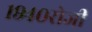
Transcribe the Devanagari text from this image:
१९४०रोजी